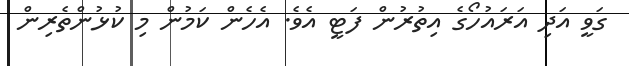
ގަވީ އަދި އަރައުހޯގެ އިތުރުން ފަޓީ އެވެ. އެހެން ކަމުން މި ކުޅުންތެރިން